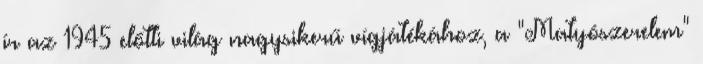
ír az 1945 előtti világ nagysikerű vígjátékához, a "Matyószerelem"